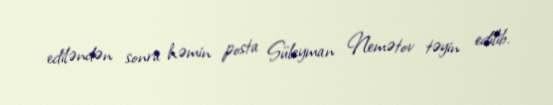
ediləndən sonra həmin posta Süleyman Nemətov təyin edilib.